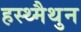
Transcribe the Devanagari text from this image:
हस्थ्मैथुन